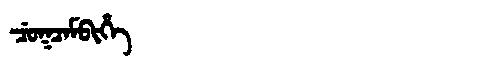
Manchu: ᠴᡠᡴᠴᠠᠮᠪᡳᡥᡝ
Romanization: CUKCAMBIHE